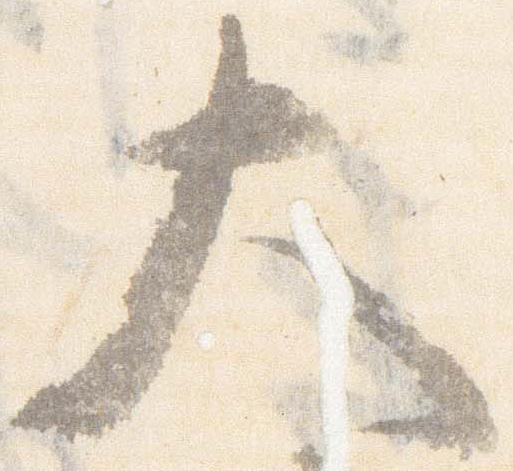
大